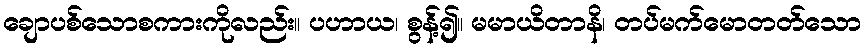
ချောပစ်သောစကားကိုလည်း။ ပဟာယ၊ စွန့်၍။ မမာယိတာနိ၊ တပ်မက်မောတတ်သော